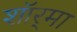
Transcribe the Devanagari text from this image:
शॉर्‌मा